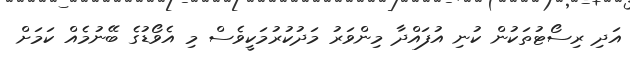
އަދި ރިސޯޓުތަކުން ކުނި އުފައްދާ މިންވަރު މަދުކުރުމަކީވެސް މި އެވޯޑުގެ ބޭނުމެއް ކަމަށް